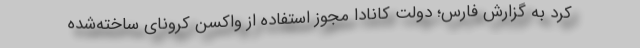
کرد به گزارش فارس؛ دولت کانادا مجوز استفاده از واکسن کرونای ساخته‌شده